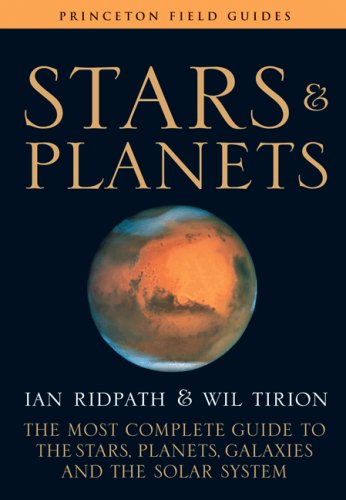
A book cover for Stars and Planets: The Most Complete Guide to the Stars, Planets, Galaxies, and the Solar System (Princeton Field Guides); Ian Ridpath; Science & Math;